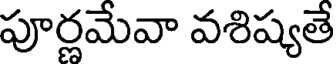
పూర్ణమేవా వశిష్యతే